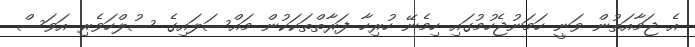
އެ ޖަމާއަތުން ވަނީ ހަމަނުޖެހުމުގައި ހިމެނޭ ހުރިހާ ފަރާތްތަކަކުން މައްސަލައިގެ ސުލްހަވެރި އަވަސް